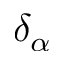
\delta _ { \alpha }